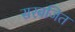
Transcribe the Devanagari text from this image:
सरबजित